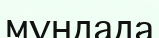
мұндада